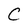
Character: C